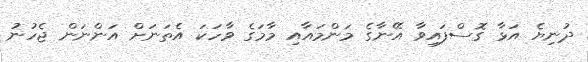
ދުނިޔެ އަޅާ ގޮސްފައިވާ އޭނާގެ މަންމައާއި މާމަގެ ވާހަކަ އެތަނަށް އަންނަން ޖެހުނު